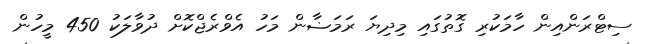
ސިޓްރަންއިން ހާމަކުރި ގޮތުގައި މިދިޔަ ރަމަޟާން މަހު އެވްރެޖްކޮށް ދުވާލަކު 450 މީހުން